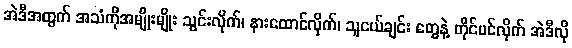
အဲဒီအတွက် အသံကိုအမျိုးမျိုး သွင်းလိုက်၊ နားထောင်လိုက်၊ သူငယ်ချင်း တွေနဲ့ တိုင်ပင်လိုက် အဲဒီလို